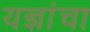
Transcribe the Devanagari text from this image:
यज्ञांचा